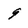
Character: 9